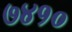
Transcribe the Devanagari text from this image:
७४१०